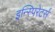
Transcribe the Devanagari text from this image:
इन्स्पिरेटर्स